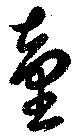
童